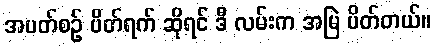
အပတ်စဉ် ပိတ်ရက် ဆိုရင် ဒီ လမ်းက အမြဲ ပိတ်တယ်။